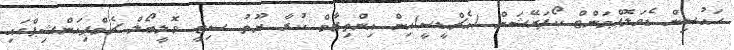
ހައުސިން ޑެވަލޮޕްމަންޓް ކޯޕަރޭޝަން (އެޗްޑީސީ)އިން އިންތިޒާމް ކުރާ ޔޫތު ސިޓީ ވޮލީބޯލް ޗެމްޕިއަންޝިޕްގައި